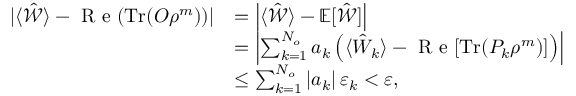
\begin{array} { r l } { | \langle \hat { \mathcal { W } } \rangle - \textrm { R e } ( \mathrm { T r } ( O \rho ^ { m } ) ) | } & { = \left| \langle \hat { \mathcal { W } } \rangle - \mathbb { E } [ \hat { \mathcal { W } } ] \right| } \\ & { = \left| \sum _ { k = 1 } ^ { N _ { o } } a _ { k } \left( \langle \hat { W } _ { k } \rangle - \textrm { R e } [ \mathrm { T r } ( P _ { k } \rho ^ { m } ) ] \right) \right| } \\ & { \leq \sum _ { k = 1 } ^ { N _ { o } } \left| a _ { k } \right| \varepsilon _ { k } < \varepsilon , } \end{array}